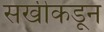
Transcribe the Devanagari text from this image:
सखीकडून